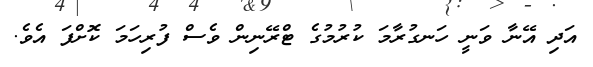
އަދި އޭނާ ވަނީ ހަނގުރާމަ ކުރުމުގެ ޓްރޭނިން ވެސް ފުރިހަމަ ކޮށްފަ އެވެ.